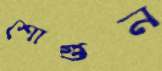
শোগুন